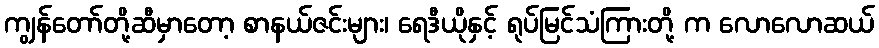
ကျွန်တော်တို့ဆီမှာတော့ စာနယ်ဇင်းများ၊ ရေဒီယိုနှင့် ရုပ်မြင်သံကြားတို့ က လောလောဆယ်